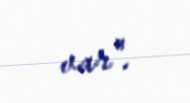
var".